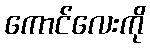
ကောင်လေးကို